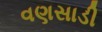
વણસાડી